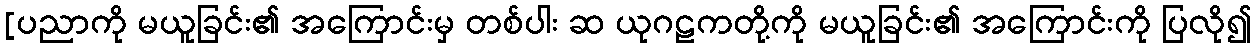
[ပညာကို မယူခြင်း၏ အကြောင်းမှ တစ်ပါး ဆ ယုဂဠကတို့ကို မယူခြင်း၏ အကြောင်းကို ပြလို၍